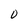
Character: 0